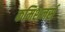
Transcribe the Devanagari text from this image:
कमिशनर्स